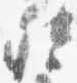
督